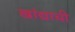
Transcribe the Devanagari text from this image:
खांद्याची